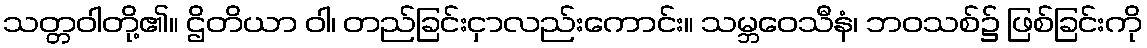
သတ္တဝါတို့၏။ ဌိတိယာ ဝါ၊ တည်ခြင်းငှာလည်းကောင်း။ သမ္ဘဝေသီနံ၊ ဘဝသစ်၌ ဖြစ်ခြင်းကို